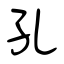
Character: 孔